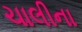
ચાલીના